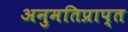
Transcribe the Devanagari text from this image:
अनुमतिप्राप्त